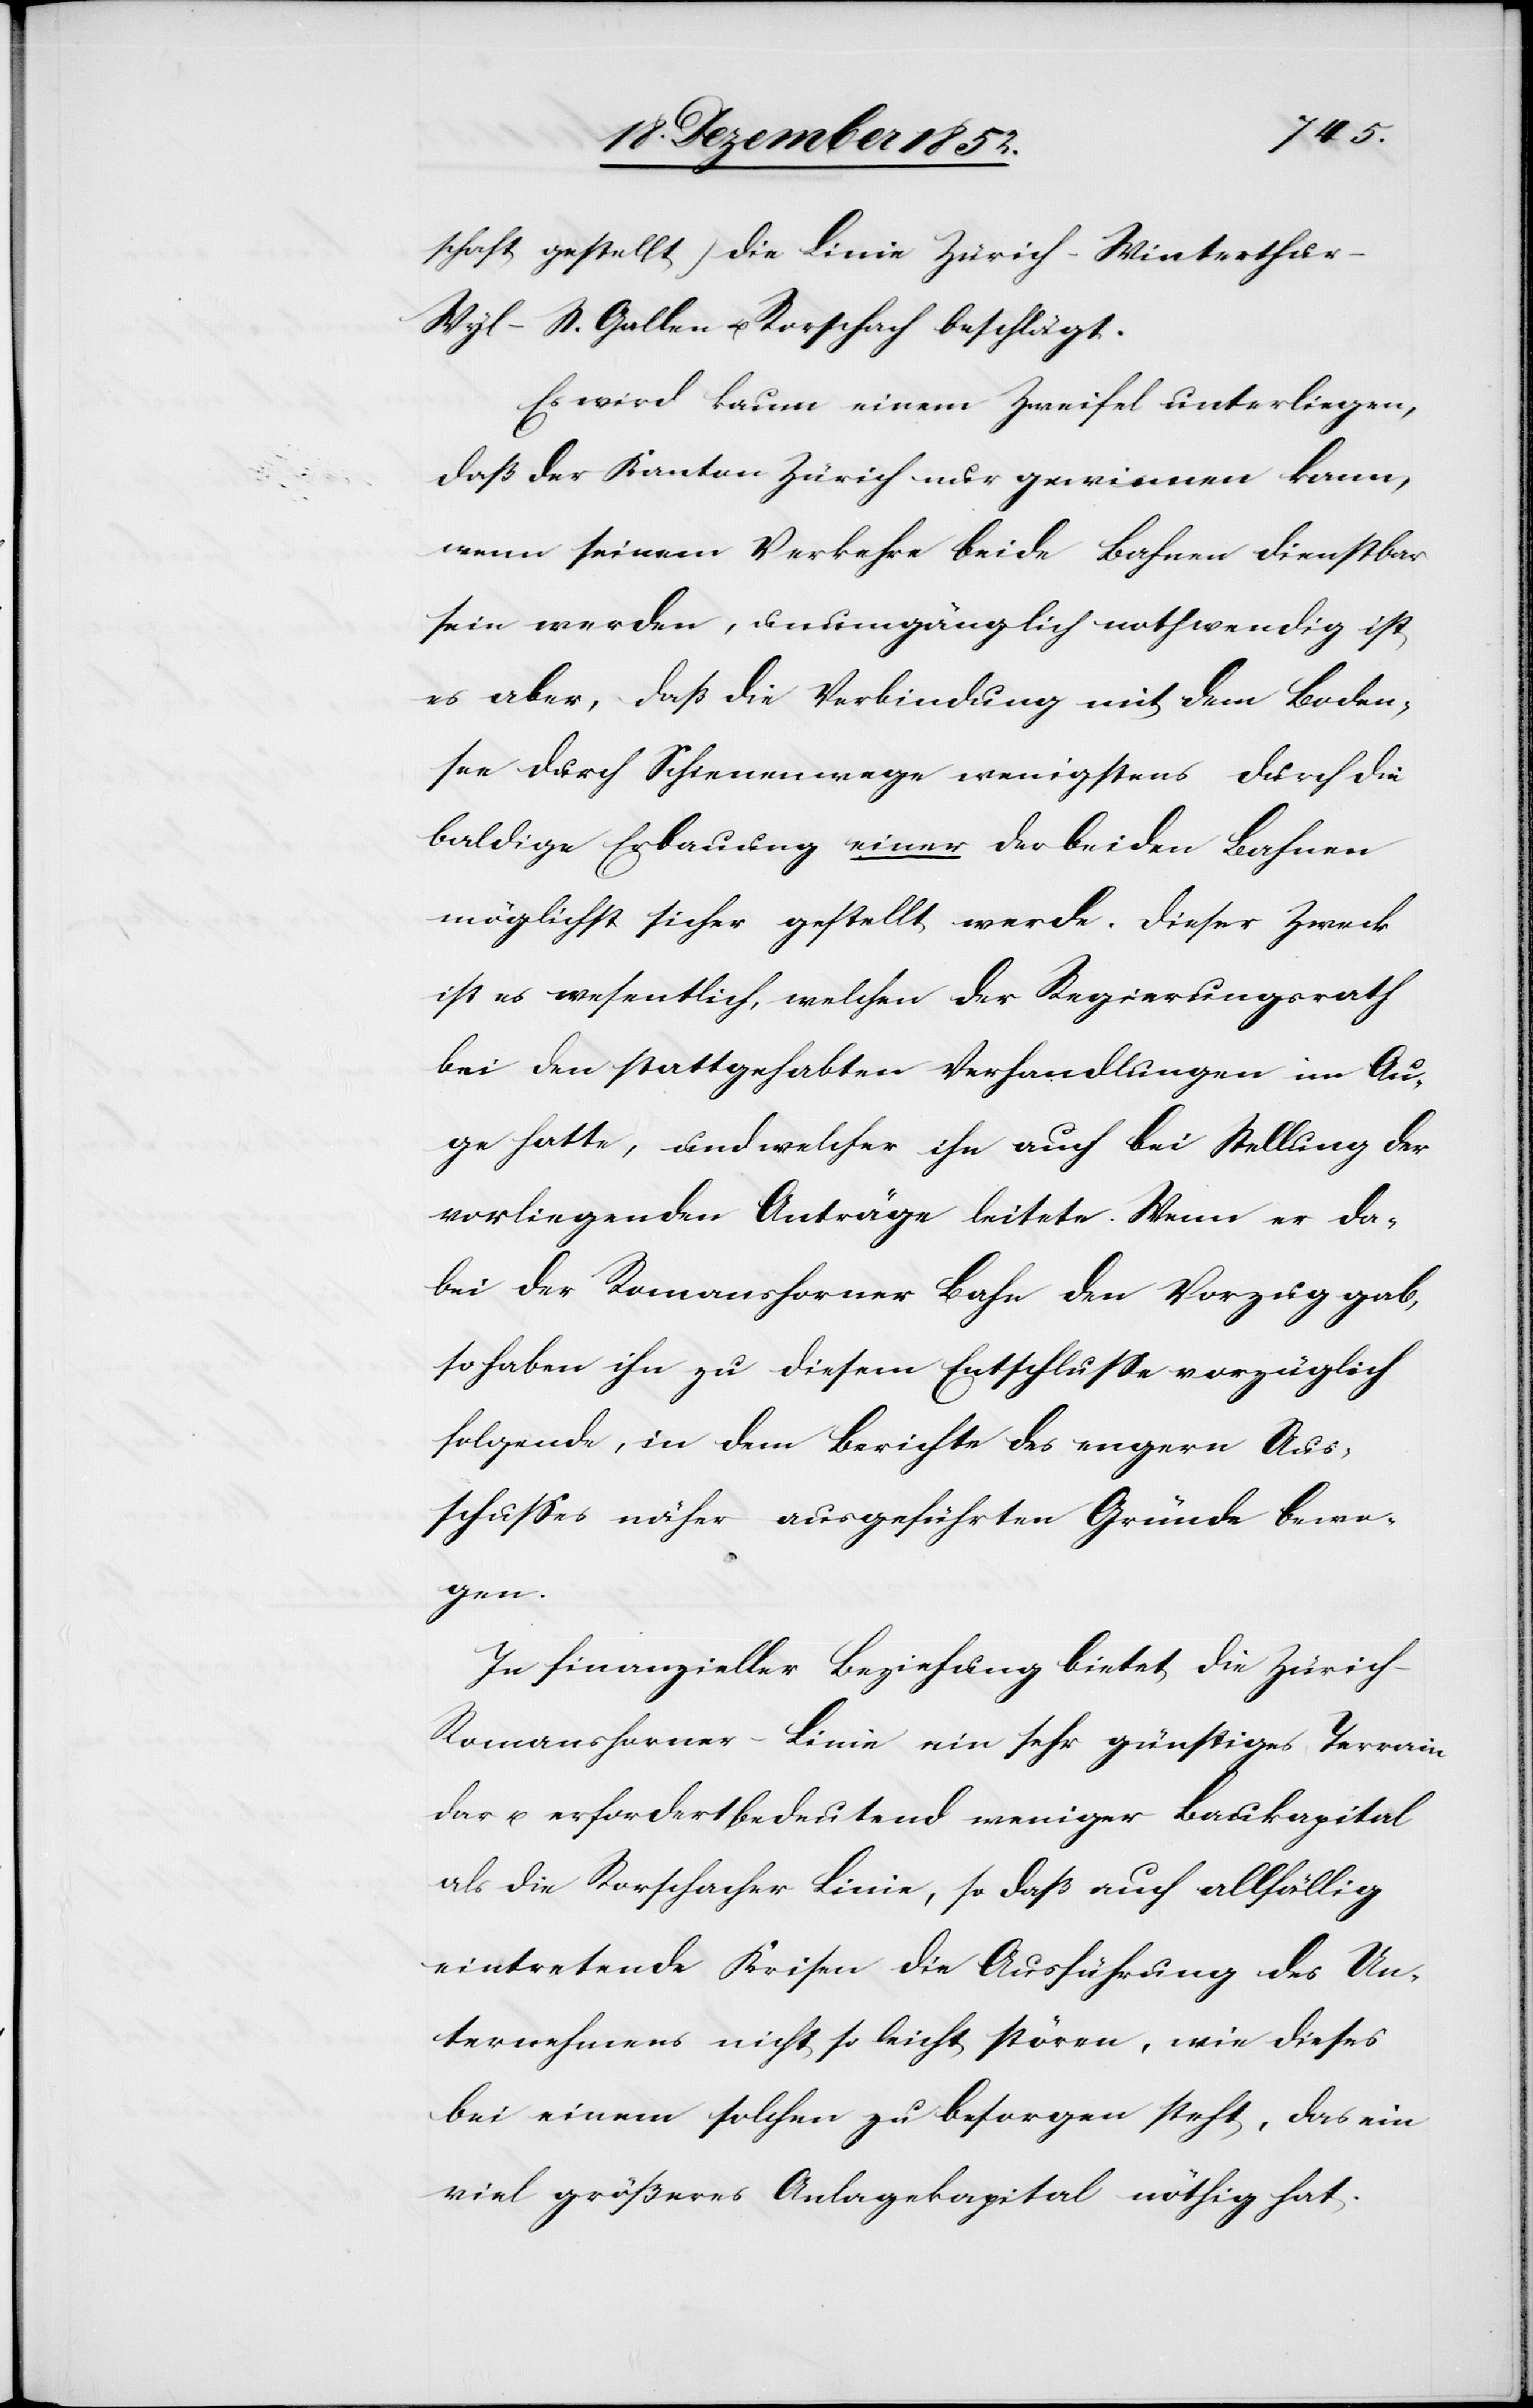
schaft gestellt) die Linie Zürich-Winterthu¬
r-Wyl-St. Gallen u. Rorschach beschlägt.
Es wird kaum einem Zweifel unterliegen,
daß der Kanton Zürich nur gewinnen kann,
wenn seinem Verkehre beide Bahnen dienstbar
sein werden, unumgänglich nothwendig ist
es aber, daß die Verbindung mit dem Boden¬
see durch Schienenwege wenigstens durch die
baldige Erbauung einer der beiden Bahnen
möglichst sicher gestellt werde. Dieser Zweck
ist es wesentlich, welchen der Regierungsrath
bei den stattgehabten Verhandlungen im Au¬
ge hatte, und welcher ihn auch bei Stellung der
vorliegenden Anträge leitete. Wenn er da¬
bei der Romanshorner Bahn den Vorzug gab,
so haben ihn zu diesem Entschlusse vorzüglich
folgende, in dem Berichte des engern Aus¬
schusses näher ausgeführten Gründe bewo¬
gen.
In finanzieller Beziehung bietet die Zürich-R¬
omanshorner-Linie ein sehr günstiges Terrain
dar u. erfordert bedeutend weniger Baukapital
als die Rorschacher Linie, so daß auch allfällig
eintretende Krisen die Ausführung des Un¬
ternehmens nicht so leicht stören, wie dieses
bei einem solchen zu besorgen steht, das ein
viel größeres Anlagekapital nöthig hat.